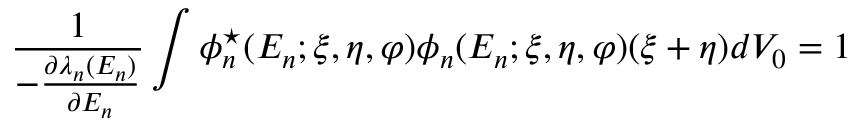
\frac { 1 } { - \frac { \partial \lambda _ { n } ( E _ { n } ) } { \partial E _ { n } } } \int \phi _ { n } ^ { \star } ( E _ { n } ; \xi , \eta , \varphi ) \phi _ { n } ( E _ { n } ; \xi , \eta , \varphi ) ( \xi + \eta ) d V _ { 0 } = 1